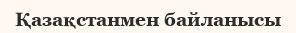
Қазақстанмен байланысы